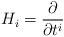
LaTeX: \begin{align*} H_i = \frac{\partial}{\partial t^i}\end{align*}